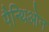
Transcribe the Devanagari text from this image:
पैन्थिओन